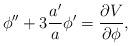
LaTeX: \begin{align*} {\phi}'' + 3 \frac{a'}{a} {\phi}' = \frac{\partial V}{\partial \phi} ,\end{align*}